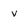
Character: v